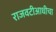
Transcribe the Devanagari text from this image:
राजवटीआधीचा